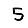
Digit: 5